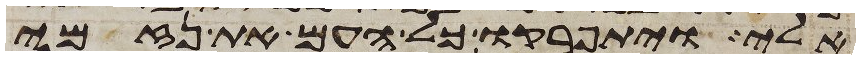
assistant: אלי ויתפרקו כל העם את נזמי